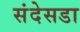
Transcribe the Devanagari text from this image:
संदेसडा